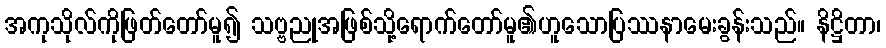
အကုသိုလ်ကိုဖြတ်တော်မူ၍ သဗ္ဗညုအဖြစ်သို့ရောက်တော်မူ၏ဟူသောပြဿနာမေးခွန်းသည်။ နိဋ္ဌိတာ၊